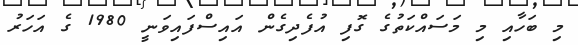
މި ބަހާއި މި މަސައްކަތުގެ ގޮފި އުފެދިގެން އައިސްފައިވަނީ 1980 ގެ އަހަރު